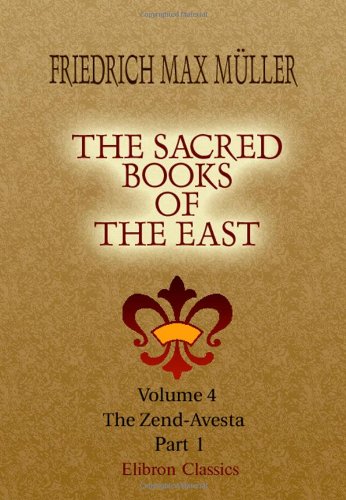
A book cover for The Sacred Books of the East: Volume 4. The Zend-Avesta. Part 1; Friedrich Max MÃ¼ller; Religion & Spirituality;